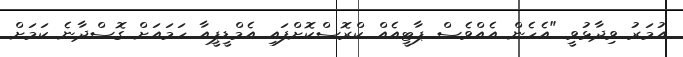
އުމަރު ވިދާޅުވީ "އެހެން އެއްވެސް ޕާޓީއެއް ކްރޮސްކޮށްފައި އެމްޑީޕީއާ ހަމައަށް ގޮސްދާނެ ކަމަށް